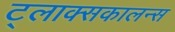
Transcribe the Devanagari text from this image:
ट्लाक्सकालन्स